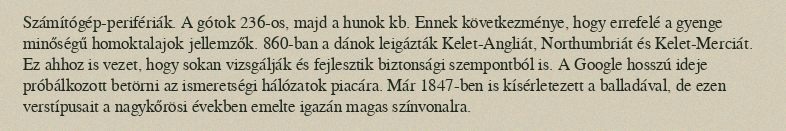
Számítógép-perifériák. A gótok 236-os, majd a hunok kb. Ennek következménye, hogy errefelé a gyenge minőségű homoktalajok jellemzők. 860-ban a dánok leigázták Kelet-Angliát, Northumbriát és Kelet-Merciát. Ez ahhoz is vezet, hogy sokan vizsgálják és fejlesztik biztonsági szempontból is. A Google hosszú ideje próbálkozott betörni az ismeretségi hálózatok piacára. Már 1847-ben is kísérletezett a balladával, de ezen verstípusait a nagykőrösi években emelte igazán magas színvonalra.